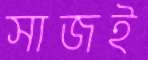
সাজই